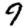
Digit: 9